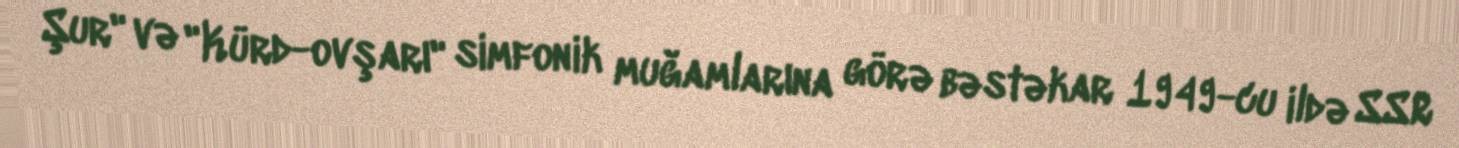
Şur" və "Kürd-ovşarı" simfonik muğamlarına görə bəstəkar 1949-cu ildə SSR